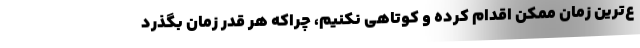
ع‌ترین زمان ممکن اقدام کرده و کوتاهی نکنیم، چراکه هر قدر زمان بگذرد